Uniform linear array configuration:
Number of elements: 24
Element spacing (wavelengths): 0.5
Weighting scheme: cosine
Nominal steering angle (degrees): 0
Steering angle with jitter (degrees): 1.617
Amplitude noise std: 0.05
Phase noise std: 0.05

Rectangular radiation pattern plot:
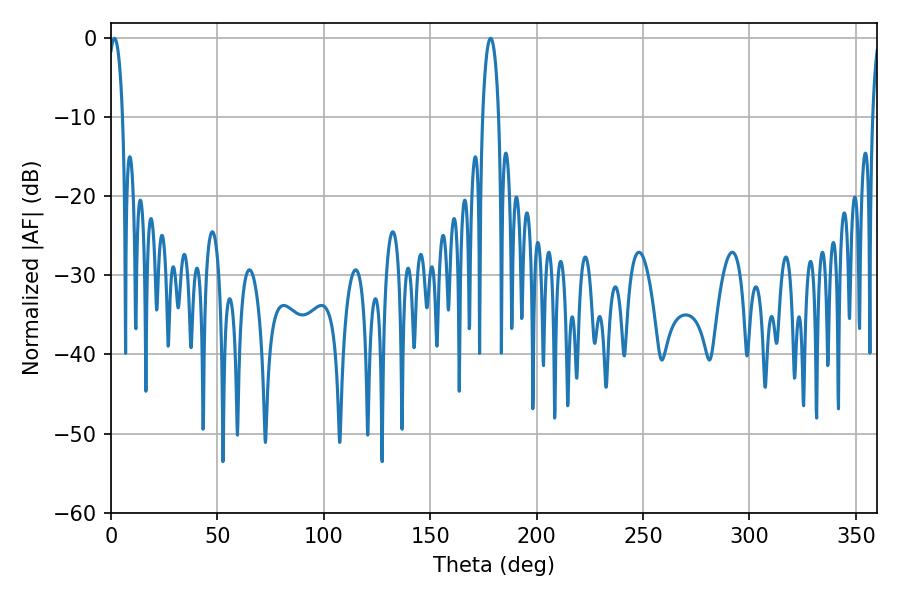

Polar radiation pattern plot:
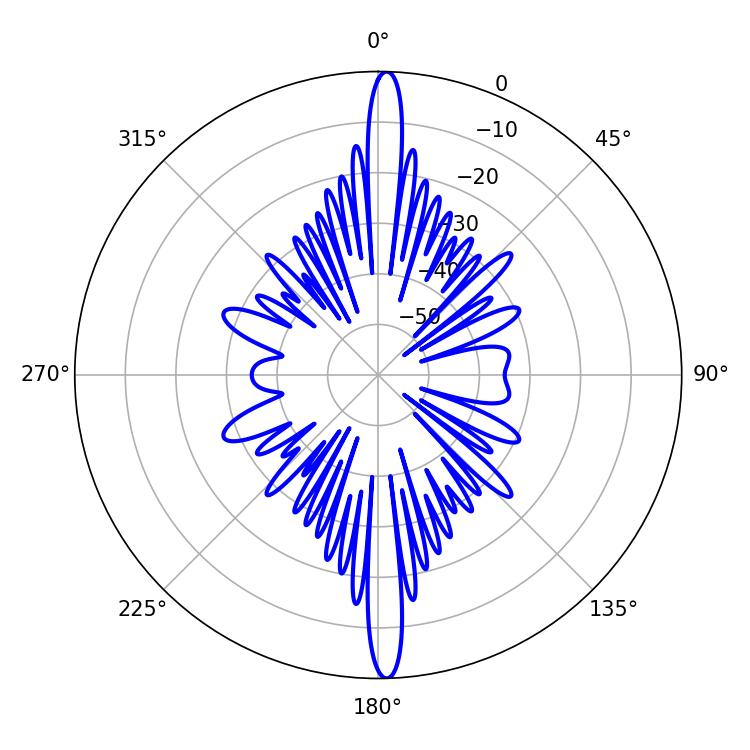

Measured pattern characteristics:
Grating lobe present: FALSE
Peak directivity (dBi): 26.205
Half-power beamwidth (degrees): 3.78
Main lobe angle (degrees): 1.62